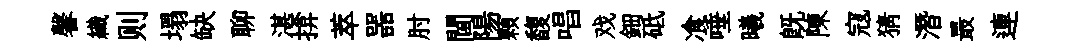
馨織则塌缺聊湛揜萃噐肘閫陽顆馥唱戏鈿砥飡唾曦既陳寇猜潛最連